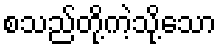
စသည်တို့ကဲ့သို့သော